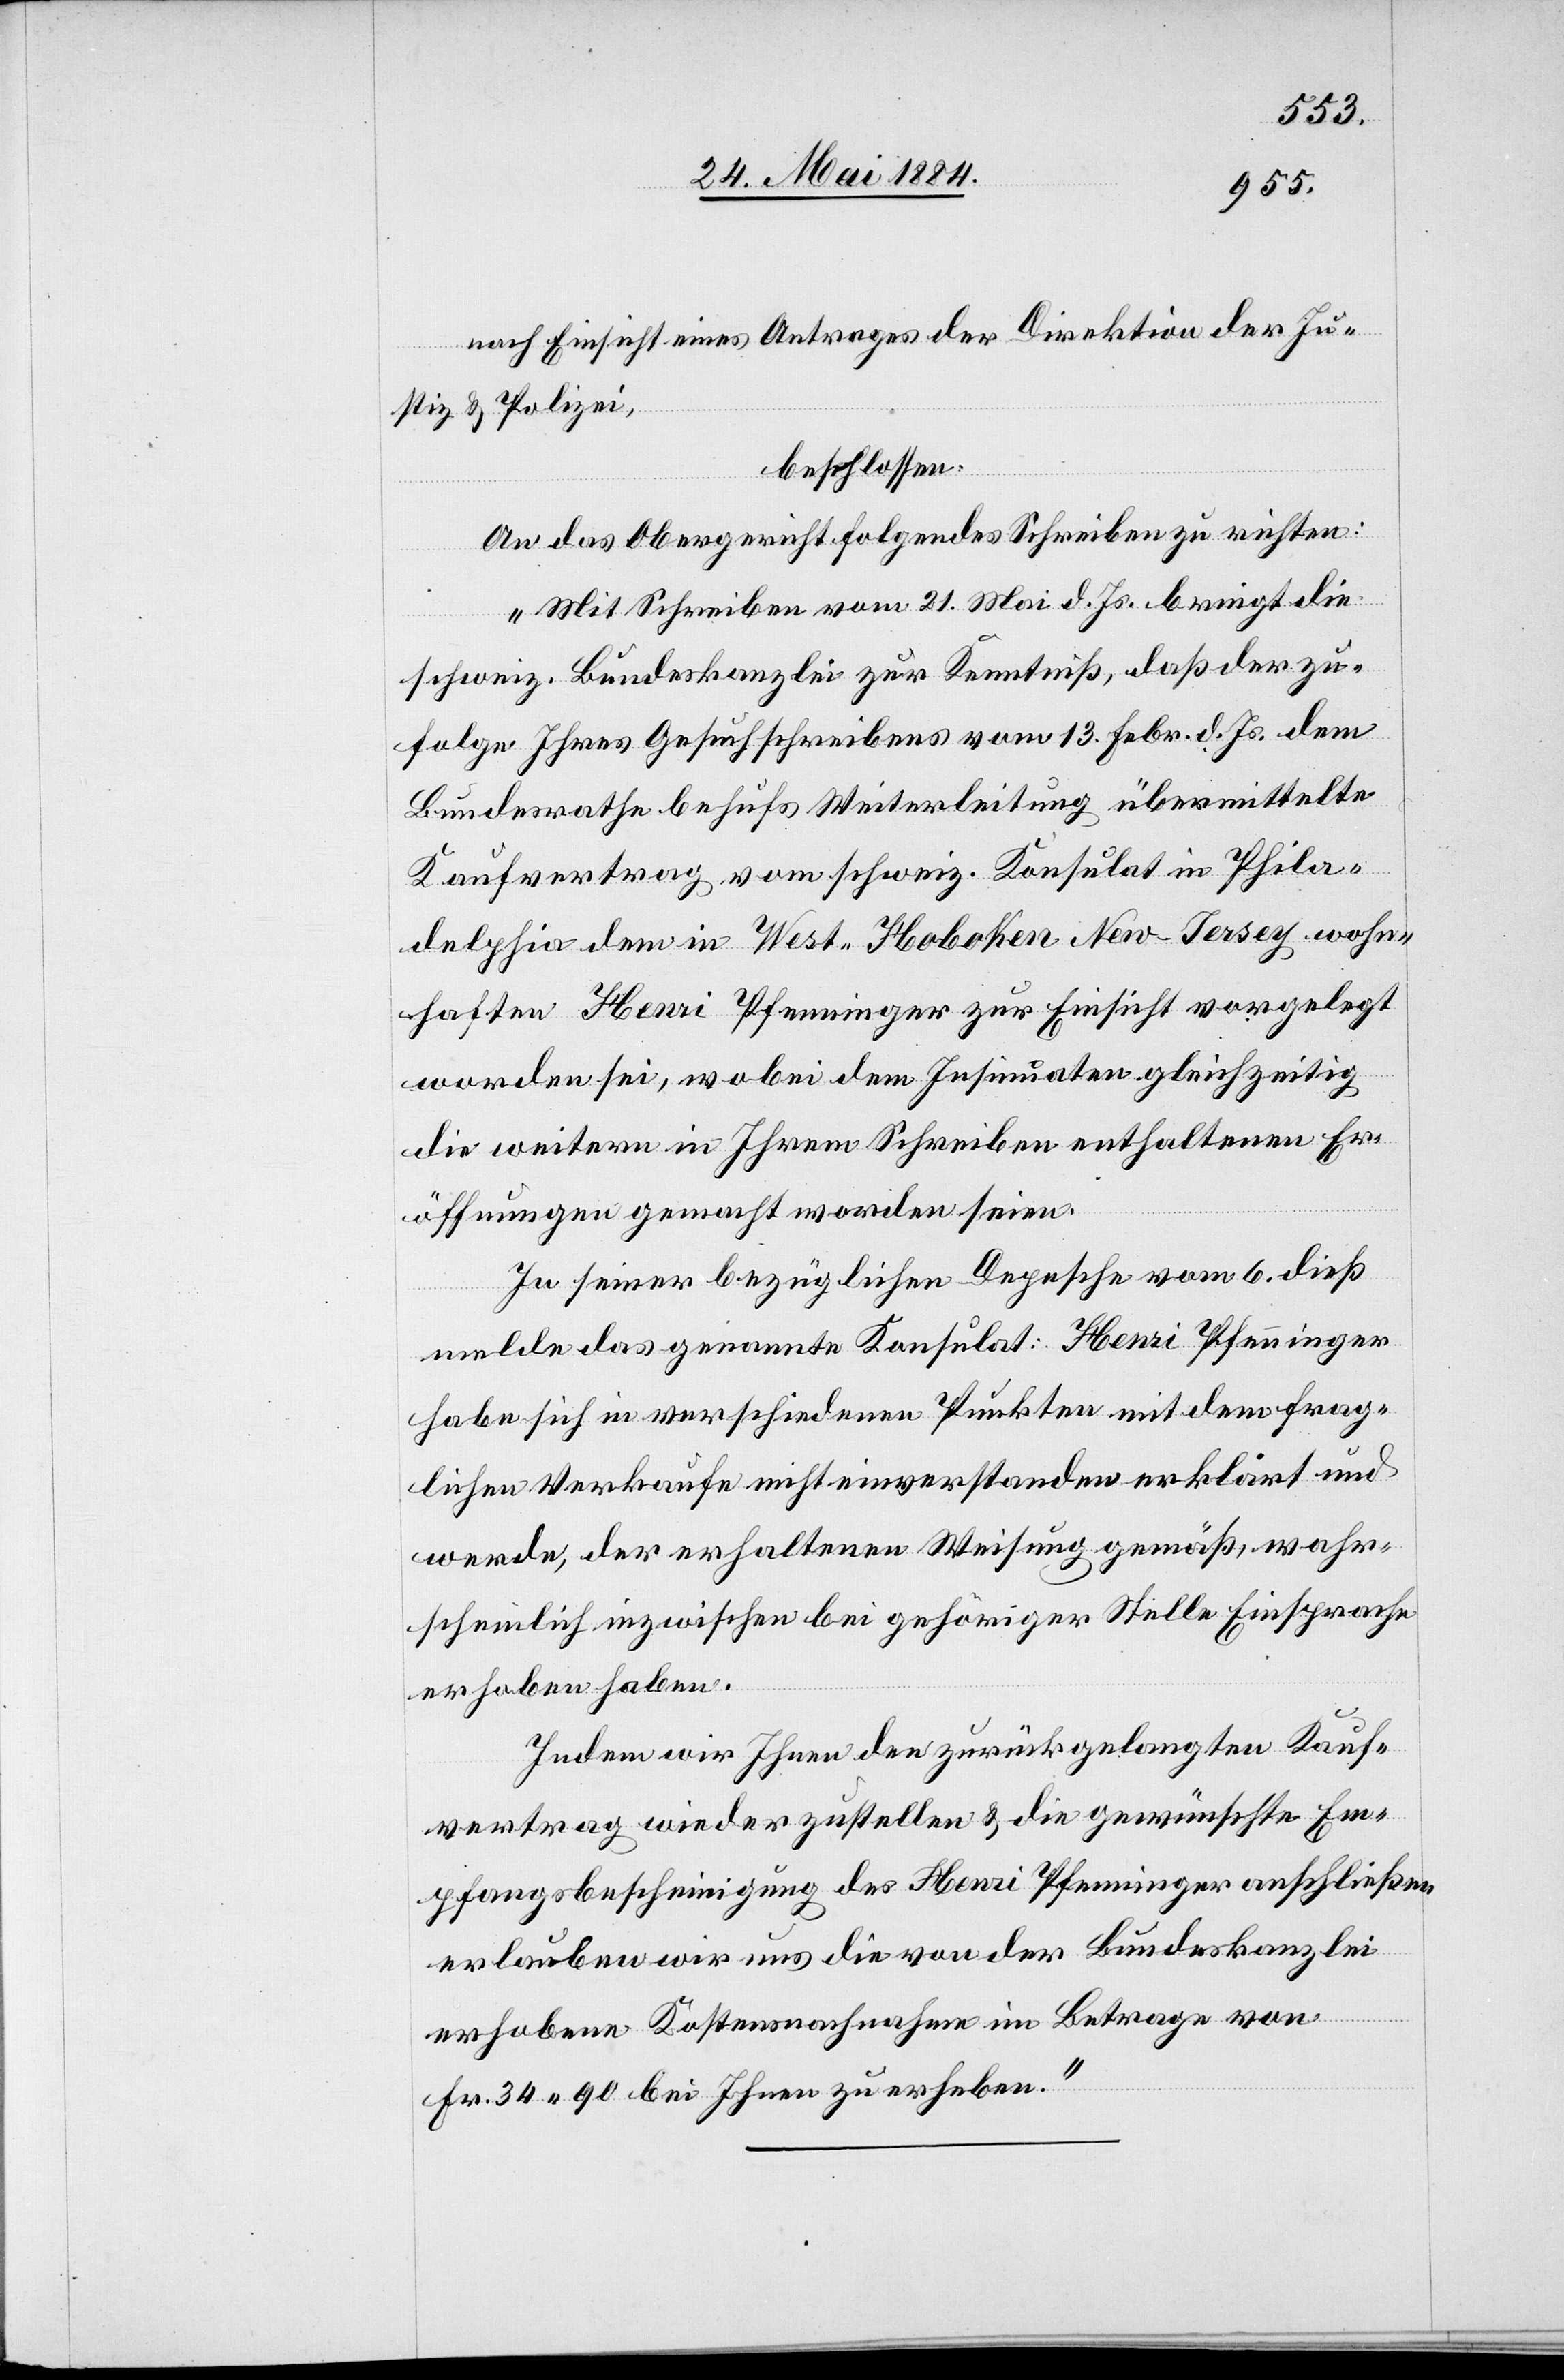
nach Einsicht eines Antrages der Direktion der Ju¬
stiz & Polizei,
beschlossen:
An das Obergericht folgendes Schreiben zu richten:
„Mit Schreiben vom 21. Mai d. Js. bringt die
schweiz. Bundeskanzlei zur Kenntniß, daß der zu¬
folge Ihres Gesuchschreibens vom 13. Febr. d. Js. dem
Bundesrathe behufs Weiterleitung übermittelten
Kaufvertrag vom schweiz. Konsulat in Phila¬
delphia dem in West-Hoboken New-Jersey wohn¬
haften Henri Pfenninger zur Einsicht vorgelegt
worden sei, wobei dem Insinuaten gleichzeitig
die weitern in Ihrem Schreiben enthaltenen Er¬
öffnungen gemacht worden seien.
In seiner bezüglichen Depesche vom 6. dieß
melde das genannte Konsulat: Henri Pfenninger
habe sich in verschiedenen Punkten mit dem frag¬
lichen Verkaufe nicht einverstanden erklärt und
werde, der erhaltenen Weisung gemäß, wahr¬
scheinlich inzwischen bei gehöriger Stelle Einsprache
erhoben haben.
Indem wir Ihnen den zurückgelangten Kauf¬
vertrag wieder zustellen & die gewünschte Em¬
pfangsbescheinigung des Henri Pfenninger anschließen
erlauben wir uns die von der Bundeskanzlei
erhobene Kostensnachnahme im Betrage von
Fr. 34 90 bei Ihnen zu erheben.“